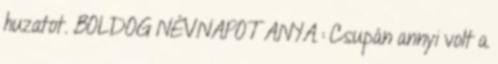
huzatot. BOLDOG NÉVNAPOT ANYA : Csupán annyi volt a